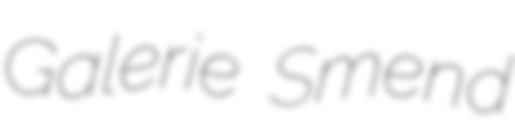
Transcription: Galerie Smend